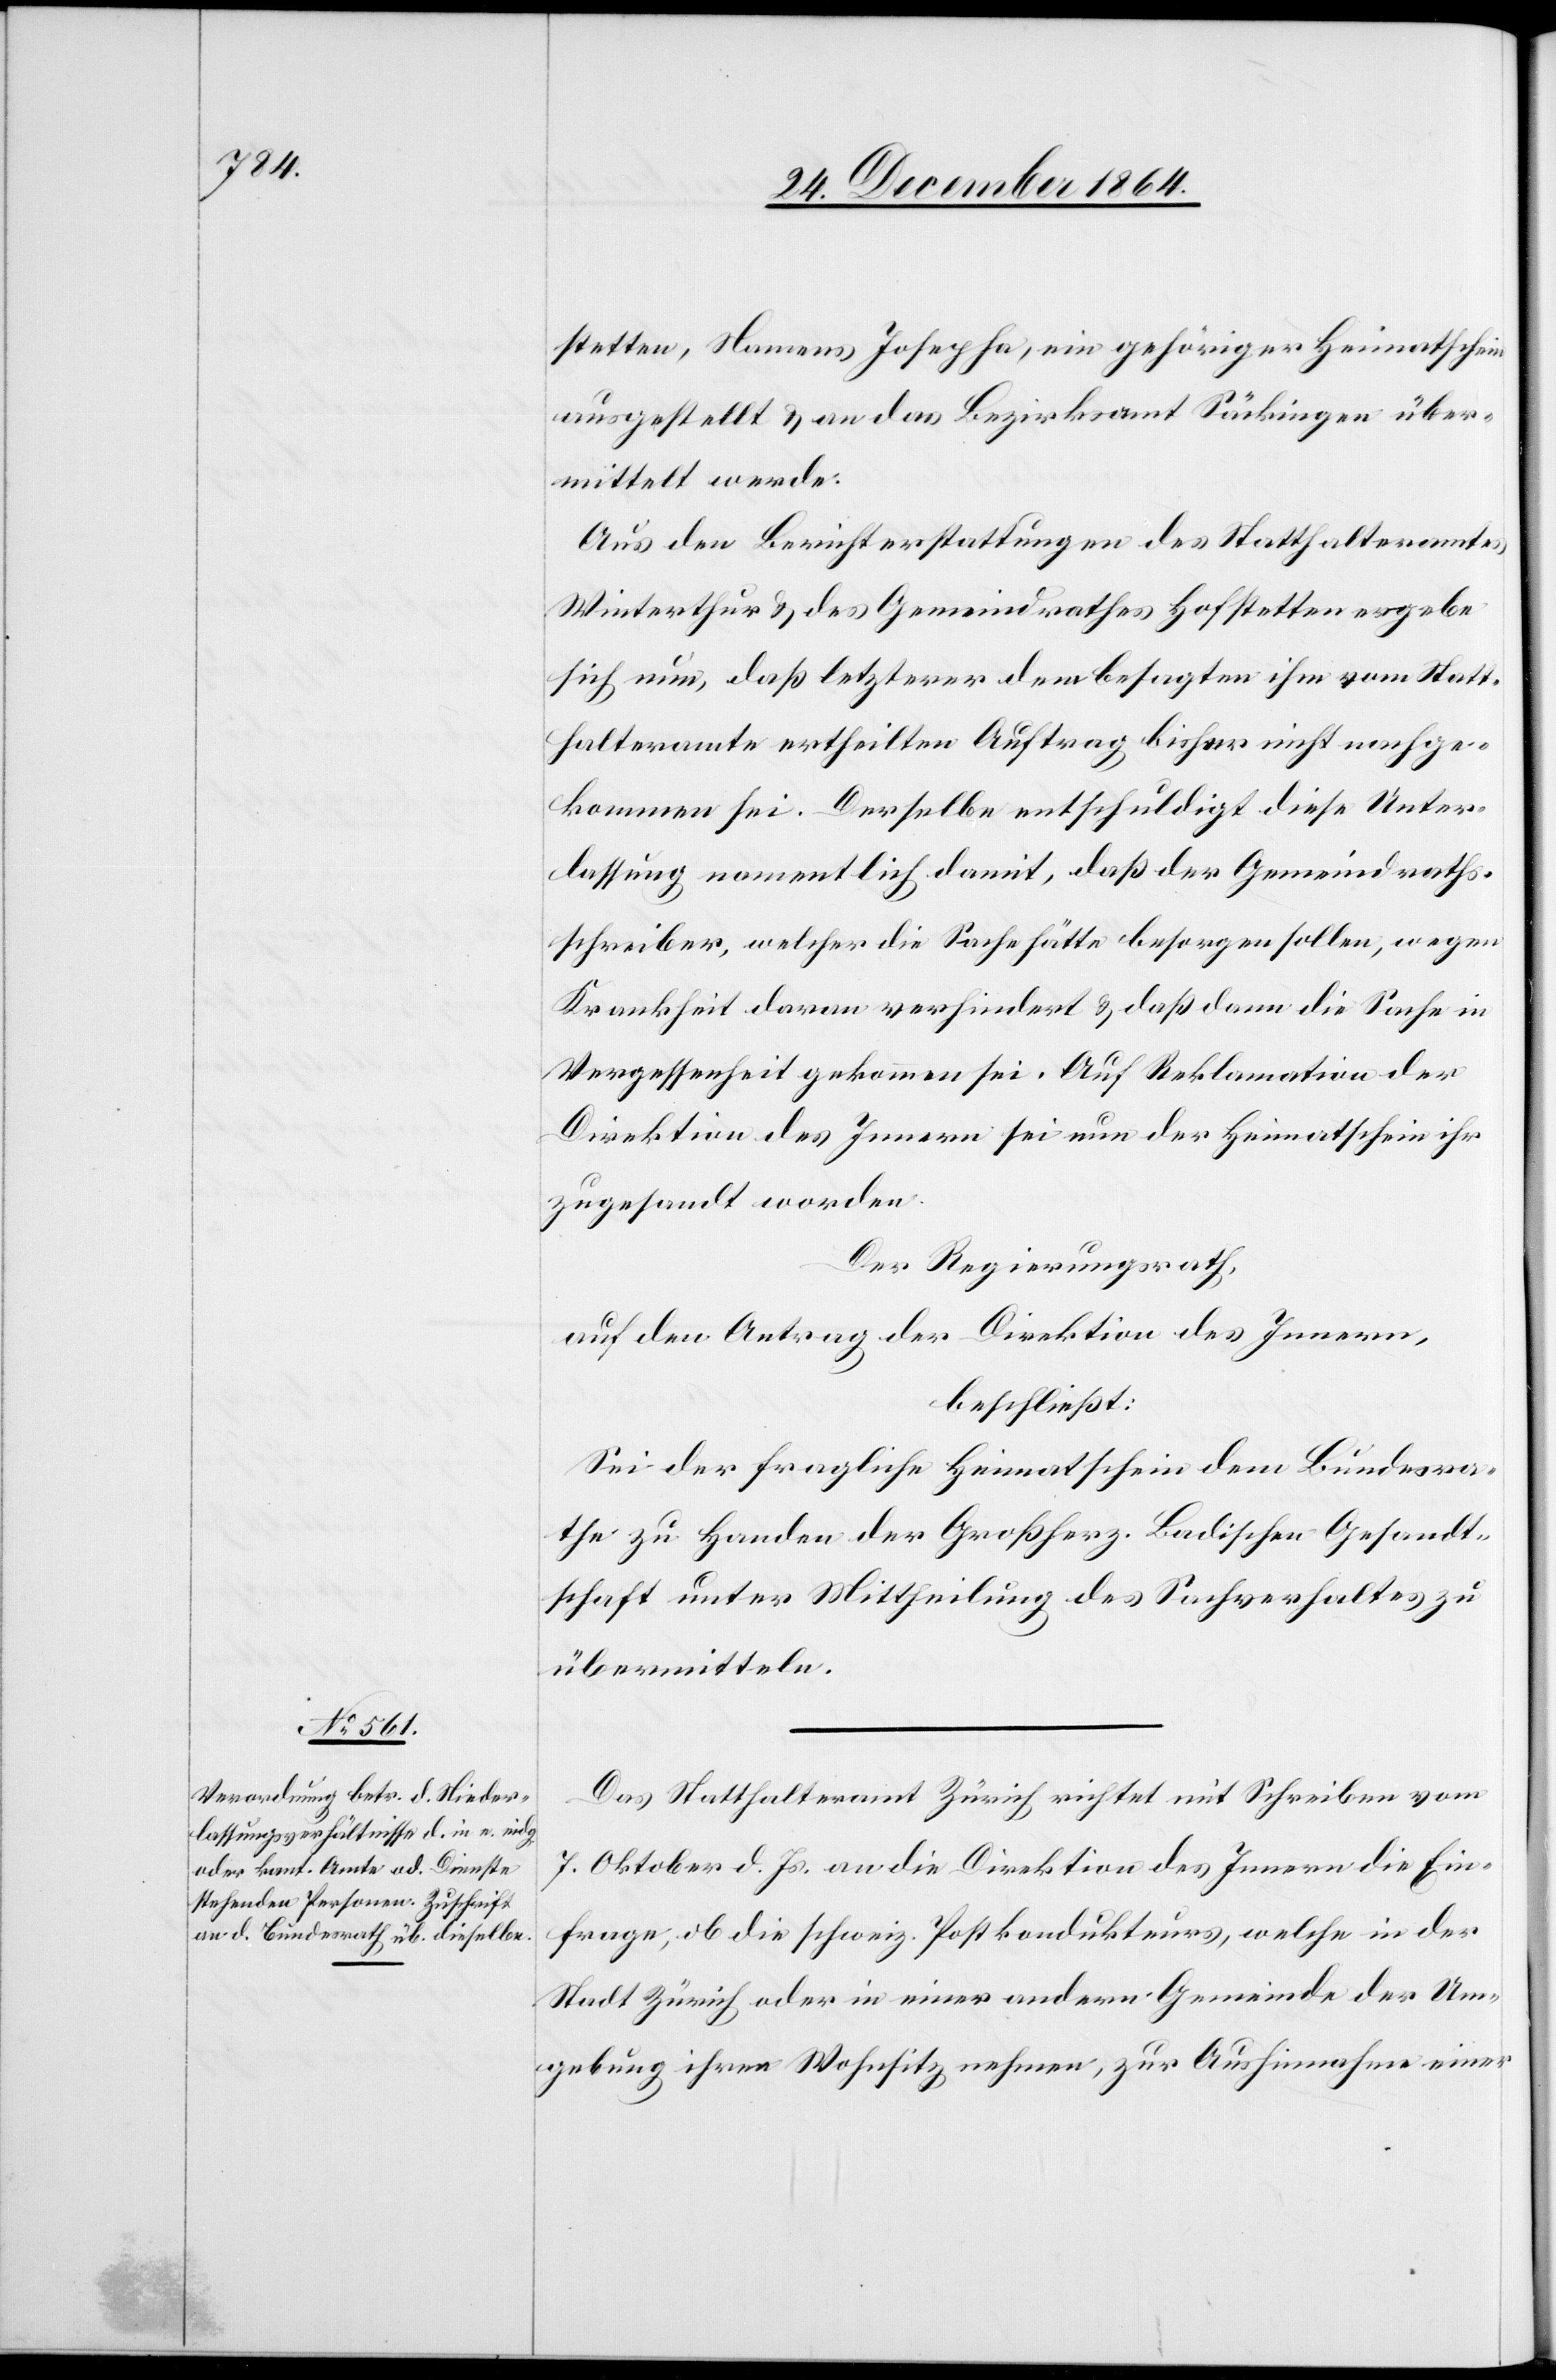
stetten, Namens Josepha, ein gehöriger Heimatschein
ausgestellt & an das Bezirksamt Säckingen über¬
mittelt werde.
Aus den Berichterstattungen des Statthalteramtes
Winterthur & des Gemeindrathes Hofstetten ergebe
sich nun, daß letzterer dem besagten ihm vom Statt¬
halteramt ertheilten Auftrag bisher nicht nachge¬
kommen sei. Derselbe entschuldigt diese Unter¬
lassung namentlich damit, daß der Gemeindraths¬
schreiber, welcher die Sache hätte besorgen sollen, wegen
Krankheit daran verhindert & daß dann die Sache in
Vergessenheit gekommen sei. Auf Reklamation der
Direktion des Innern sei nun der Heimatschein ihr
zugesandt worden.
Der Regierungsrath,
auf den Antrag der Direktion des Innern,
beschließt:
Sei der fragliche Heimatschein dem Bundesra¬
the zu Handen der Großherz. Badischen Gesandt¬
schaft unter Mittheilung des Sachverhaltes zu
übermitteln.
Das Statthalteramt Zürich richtet mit Schreiben vom
7. Oktober d. Js. an die Direktion des Innern die Ein¬
frage, ob die schweiz. Postkondukteurs, welche in der
Stadt Zürich oder in einer andern Gemeinde der Um¬
gebung ihren Wohnsitz nehmen, zur Aushinnahme einer